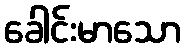
ခေါင်းမာသော